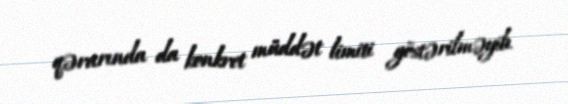
qərarında da konkret müddət limiti göstərilməyib.